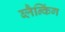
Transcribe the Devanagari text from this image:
ब्लैन्किंग